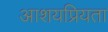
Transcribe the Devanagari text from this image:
आशयप्रियता